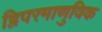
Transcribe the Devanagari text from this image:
द्विपरमाणुविक